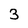
Character: 3